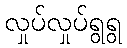
လှုပ်လှုပ်ရွရွ